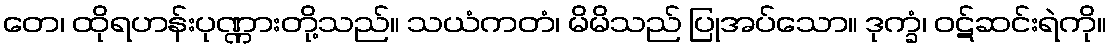
တေ၊ ထိုရဟန်းပုဏ္ဏားတို့သည်။ သယံကတံ၊ မိမိသည် ပြုအပ်သော။ ဒုက္ခံ၊ ဝဋ်ဆင်းရဲကို။